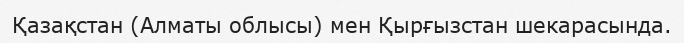
Қазақстан (Алматы облысы) мен Қырғызстан шекарасында.